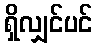
ရှိလျှင်ပင်